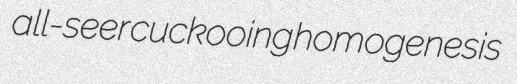
all-seer cuckooing homogenesis